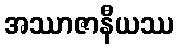
အဿာဇာနီယဿ